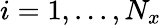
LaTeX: i=1,...,N_{x}